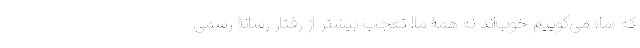
که «ما» می‌گوییم خوب‌اند نه همۀ ما! تعجب بیشتر از رفتار رسانۀ رسمی